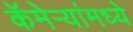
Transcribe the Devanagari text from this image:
कॅमेऱ्यांमध्ये